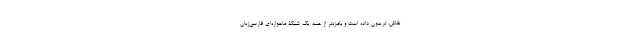
نقاش، تریبون داده است و بامزه‌تر از همه یک شبکۀ ماهواره‌ای فارسی‌زبان